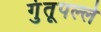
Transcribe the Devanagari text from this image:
गुंतूपल्ले